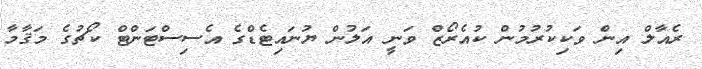
ރެއާލް އިން ވަކިކުރުމުން ކުއެރޯޒް ވަނީ އަލުން ޔުނައިޓެޑްގެ އެސިސްޓަންޓް ކޯޗުގެ މަޤާމާ